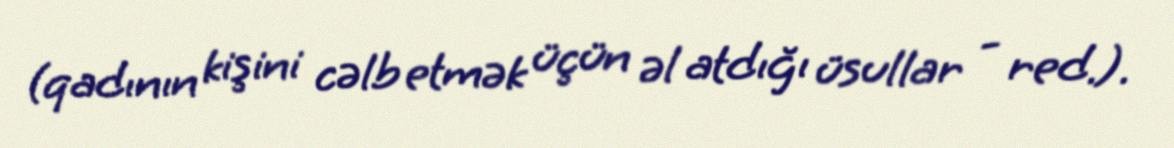
(qadının kişini cəlb etmək üçün əl atdığı üsullar - red.).